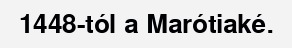
1448-tól a Marótiaké.